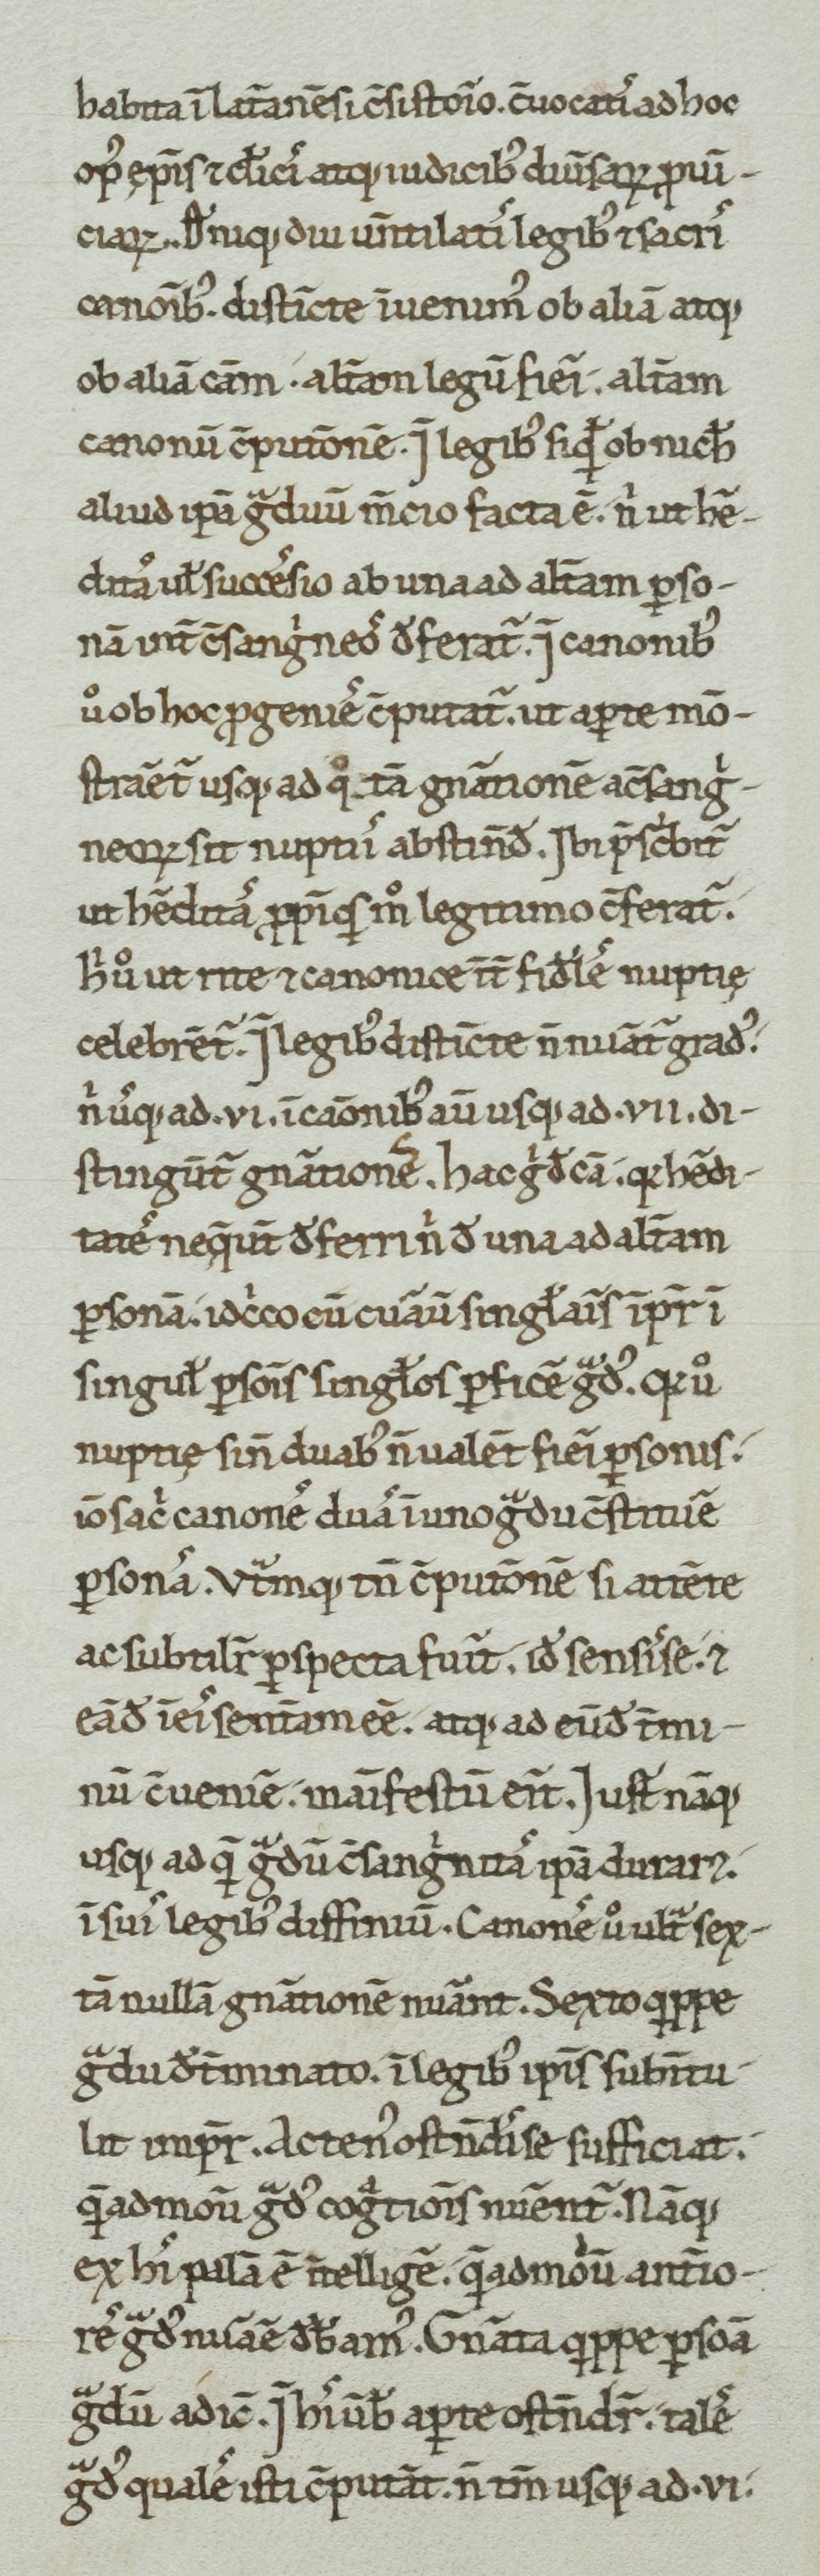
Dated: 1100–1199